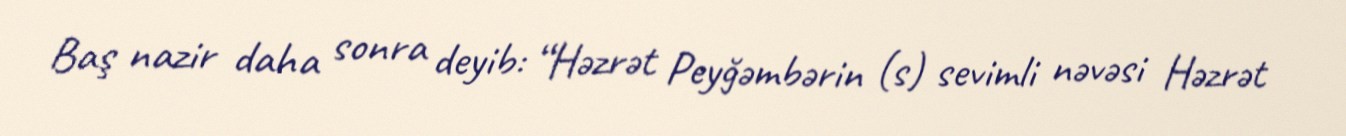
Baş nazir daha sonra deyib: “Həzrət Peyğəmbərin (s) sevimli nəvəsi Həzrət